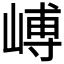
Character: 𪩉